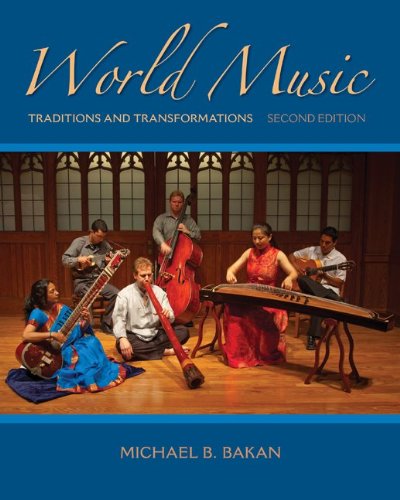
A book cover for World Music: Traditions and Transformations; Michael Bakan; Arts & Photography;